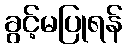
ခွင့်မပြုရန်